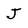
Character: J